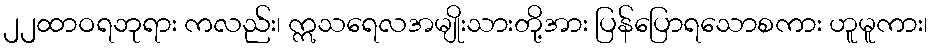
၂၂ထာဝရဘုရား ကလည်း၊ ဣသရေလအမျိုးသားတို့အား ပြန်ပြောရသောစကား ဟူမူကား၊